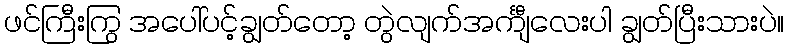
ဖင်ကြီးကြွ အပေါ်ပင့်ချွတ်တော့ တွဲလျက်အင်္ကျီလေးပါ ချွတ်ပြီးသားပဲ။